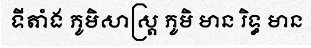
ទីតាំង ភូមិសាស្ត្រ ភូមិ មាន រិទ្ធ មាន